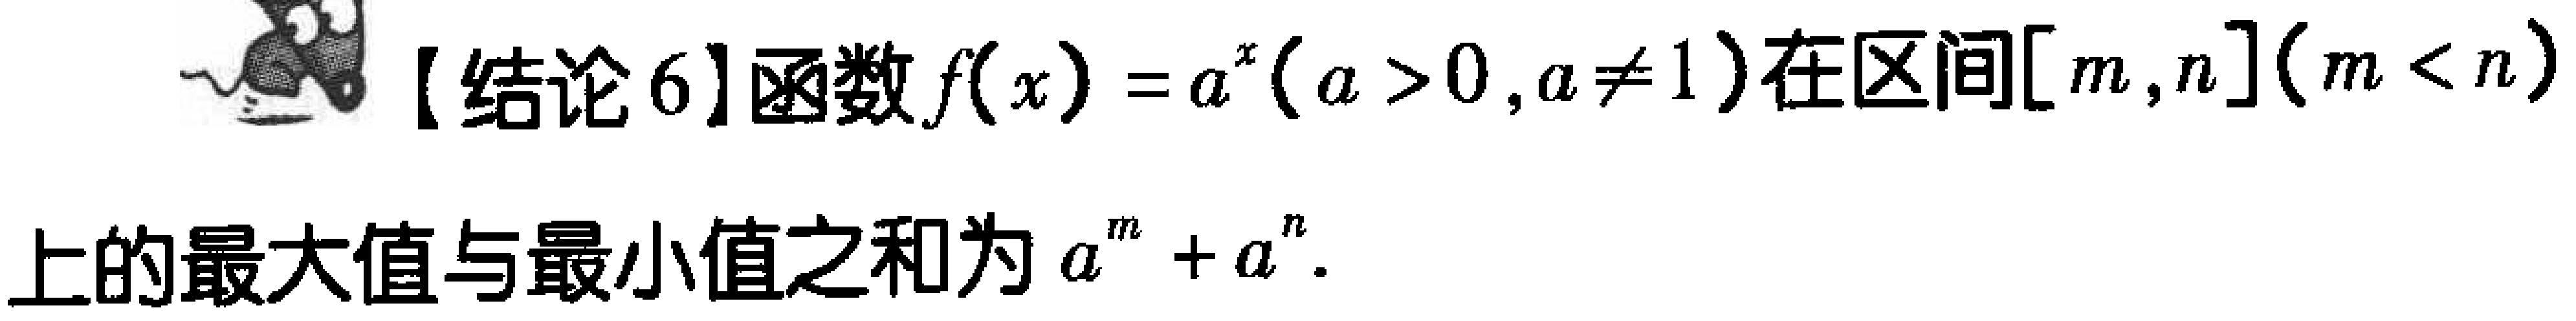
【结论6】函数\(f(x)=a^{x}(a > 0,a\neq1)\)在区间\([m,n](m < n)\)上的最大值与最小值之和为\(a^{m}+a^{n}\)。